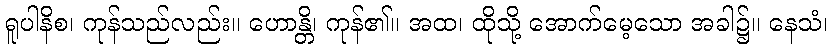
ရူပါနိစ၊ ကုန်သည်လည်း။ ဟောန္တိ၊ ကုန်၏။ အထ၊ ထိုသို့ အောက်မေ့သော အခါ၌။ နေသံ၊